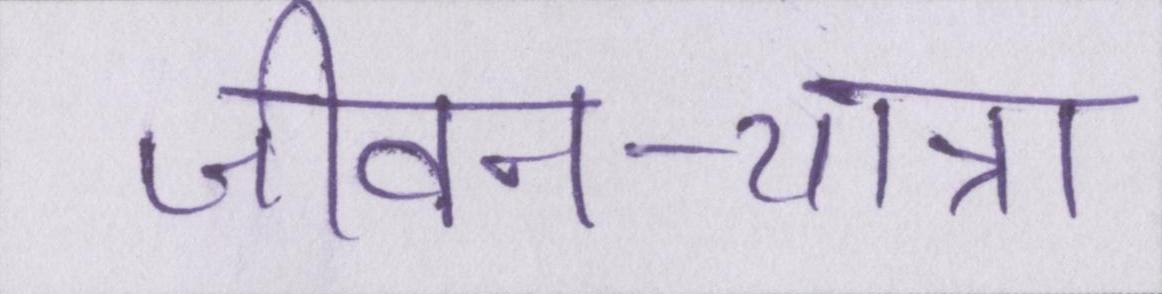
जीवन-यात्रा